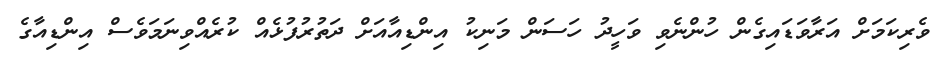
ވެރިކަމަށް އަރާވަޑައިގެން ހުންނެވި ވަހީދު ހަސަން މަނިކު އިންޑިއާއަށް ދަތުރުފުޅެއް ކުރެއްވިނަމަވެސް އިންޑިއާގެ